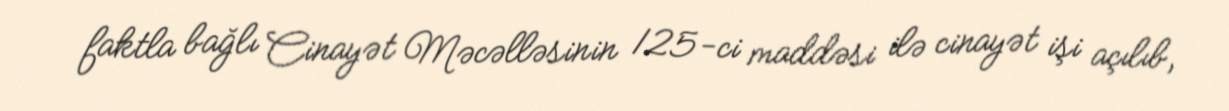
faktla bağlı Cinayət Məcəlləsinin 125-ci maddəsi ilə cinayət işi açılıb,